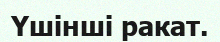
Үшінші ракат.